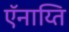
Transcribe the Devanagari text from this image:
ऍनाय्ति